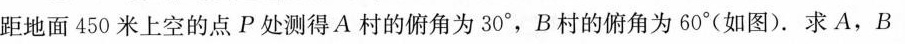
距地面450米上空的点P处测得A村的俯角为30°，B村的俯角为60°(如图)。求A，B